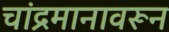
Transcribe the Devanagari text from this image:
चांद्रमानावरून